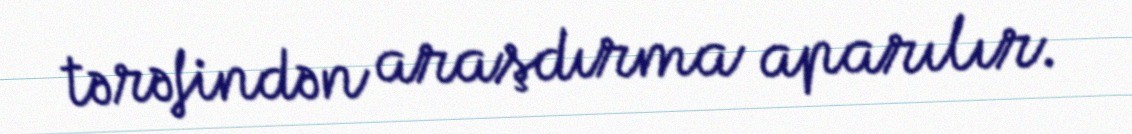
tərəfindən araşdırma aparılır.